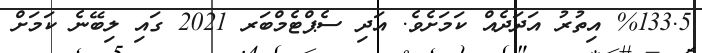
%133.5 އިތުރު އަދަދެއް ކަމަށެވެ. އަދި ސެޕްޓެމްބަރ 2021 ގައި ލިބޭނެ ކަމަށް